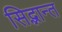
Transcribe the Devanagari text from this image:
सिद्भान्त